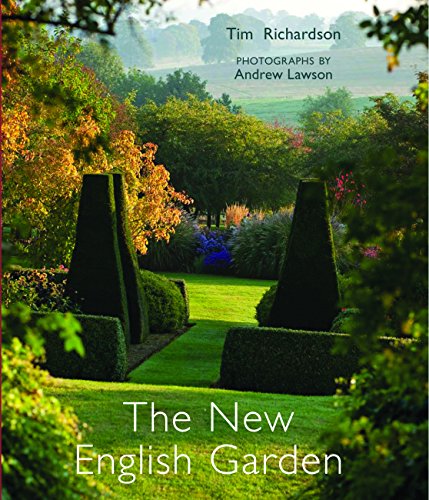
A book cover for The New English Garden; Tim Richardson; Crafts, Hobbies & Home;